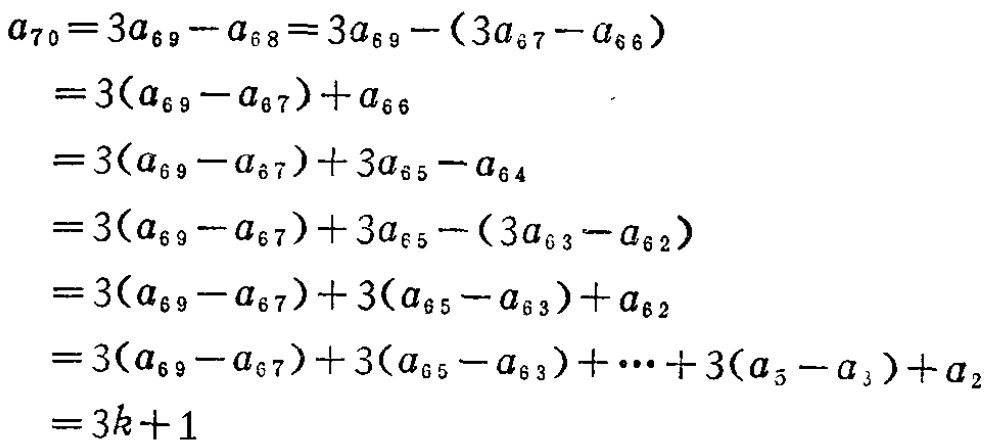
\[
\begin{align*}
a_{70}&=3a_{69}-a_{68}=3a_{69}-(3a_{67}-a_{66})\\
&=3(a_{69}-a_{67})+a_{66}\\
&=3(a_{69}-a_{67})+3a_{65}-a_{64}\\
&=3(a_{69}-a_{67})+3a_{65}-(3a_{63}-a_{62})\\
&=3(a_{69}-a_{67})+3(a_{65}-a_{63})+a_{62}\\
&=3(a_{69}-a_{67})+3(a_{65}-a_{63})+\cdots +3(a_{5}-a_{3})+a_{2}\\
&=3k + 1
\end{align*}
\]